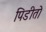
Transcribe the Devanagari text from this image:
पिडीतो